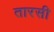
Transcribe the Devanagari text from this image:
तारसी